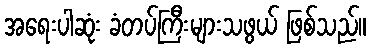
အရေးပါဆုံး ခံတပ်ကြီးများသဖွယ် ဖြစ်သည်။